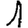
Digit: 1